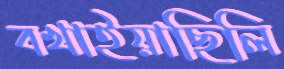
বখাইয়াছিলি